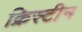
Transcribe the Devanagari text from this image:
क्रिस्‍टीन